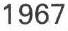
1967